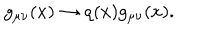
LaTeX: g _ { \mu \nu } ( x ) \rightarrow \varrho ( x ) g _ { \mu \nu } ( x ) .